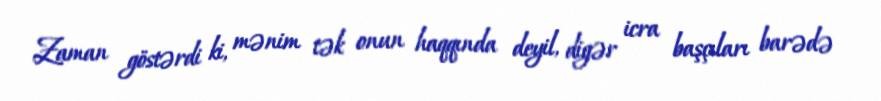
Zaman göstərdi ki, mənim tək onun haqqında deyil, digər icra başçıları barədə